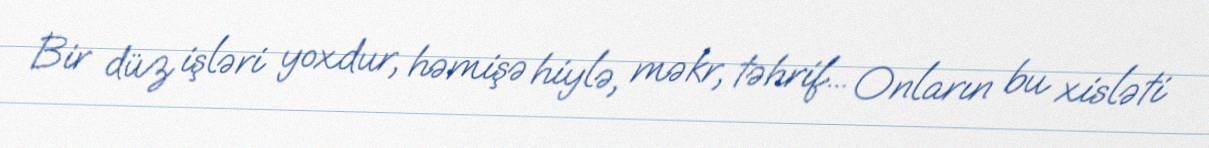
Bir düz işləri yoxdur, həmişə hiylə, məkr, təhrif... Onların bu xisləti